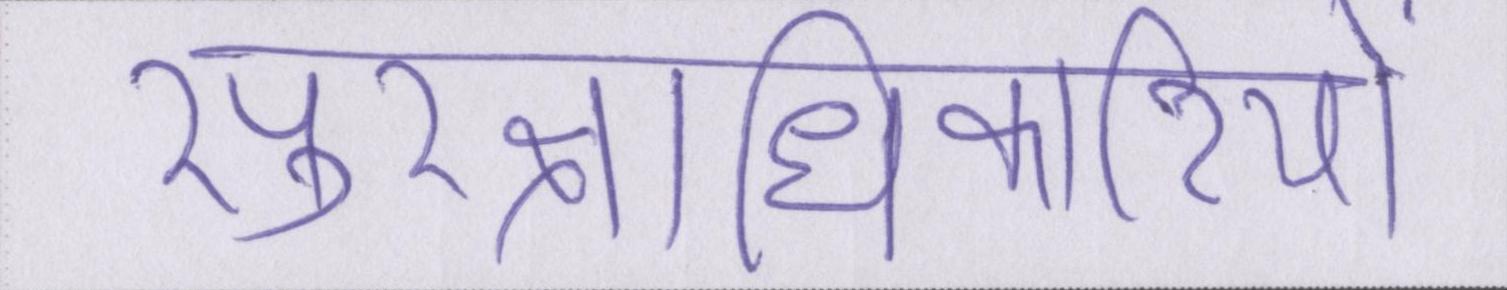
सुरक्षाधिकारियों